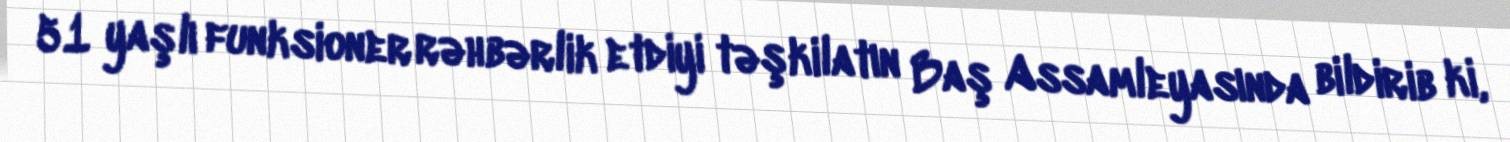
51 yaşlı funksioner rəhbərlik etdiyi təşkilatın Baş Assamleyasında bildirib ki,